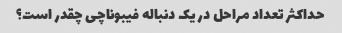
حداکثر تعداد مراحل در یک دنباله فیبوناچی چقدر است؟